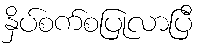
နှိပ်စက်စပြုလာပြီ